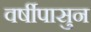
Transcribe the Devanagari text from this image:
वर्षीपासुन